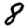
Digit: 8